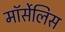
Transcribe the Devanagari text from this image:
मॉर्सेलिस